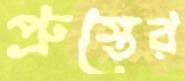
প্রুস্তের